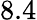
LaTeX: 8.4